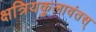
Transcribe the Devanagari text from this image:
क्षत्रियकुलावंतस्